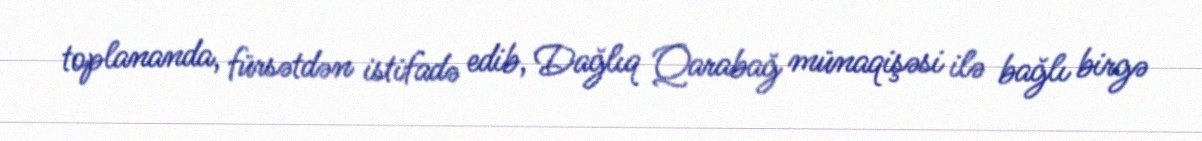
toplananda, fürsətdən istifadə edib, Dağlıq Qarabağ münaqişəsi ilə bağlı birgə